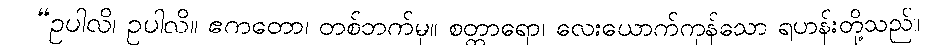
“ဥပါလိ၊ ဥပါလိ။ ဧကတော၊ တစ်ဘက်မှ။ စတ္တာရော၊ လေးယောက်ကုန်သော ရဟန်းတို့သည်။